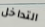
التداخل